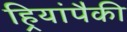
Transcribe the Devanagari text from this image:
हिर्‍यांपैकी